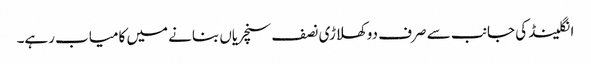
انگلینڈ کی جانب سے صرف دو کھلاڑی نصف سنچریاں بنانے میں کامیاب رہے۔